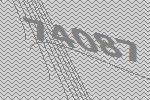
74087